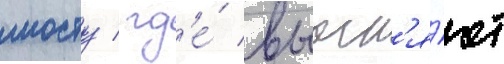
мосту / гд'е́ выасн'я́ют